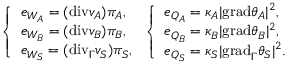
\left\{ \begin{array} { l l } { e _ { W _ { A } } = ( \mathrm { { d i v } } v _ { A } ) \pi _ { A } , } \\ { e _ { W _ { B } } = ( { \mathrm { d i v } } v _ { B } ) \pi _ { B } , } \\ { e _ { W _ { S } } = ( \mathrm { { d i v } } _ { \Gamma } v _ { S } ) \pi _ { S } , } \end{array} \right. \left\{ \begin{array} { l l } { e _ { Q _ { A } } = \kappa _ { A } \vert { \mathrm { g r a d } } \theta _ { A } \vert ^ { 2 } , } \\ { e _ { Q _ { B } } = \kappa _ { B } \vert \mathrm { { g r a d } } \theta _ { B } \vert ^ { 2 } , } \\ { e _ { Q _ { S } } = \kappa _ { S } \vert { \mathrm { g r a d } } _ { \Gamma } \theta _ { S } \vert ^ { 2 } . } \end{array} \right.